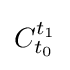
C_{t_{0}}^{t_{1}}